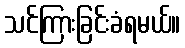
သင်ကြားခြင်းခံရမယ်။